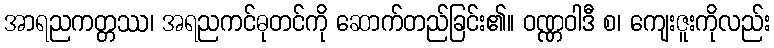
အာရညကတ္တဿ၊ အရညကင်ဓုတင်ကို ဆောက်တည်ခြင်း၏။ ဝဏ္ဏဝါဒီ စ၊ ကျေးဇူးကိုလည်း